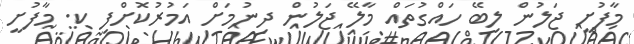
މާފުށީ ޖަލުން ލިބޭ ހައްގުތައް މާލޭ ޖަލުން ދިނުމަށް އަމުރުކޮށްފި ކ. މާފުށީ